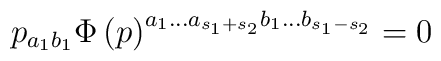
p_{a_1b_1}\Phi \left( p\right)^{a_1...a_{s_1+s_2}b_1...b_{s_1-s_2}}=0